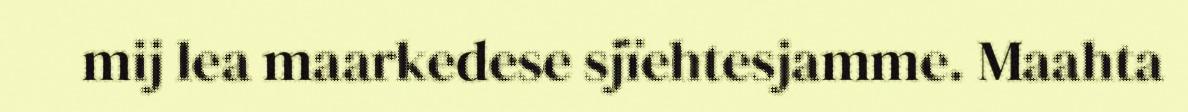
mij lea maarkedese sjïehtesjamme. Maahta